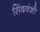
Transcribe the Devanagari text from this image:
सिंदवंशी